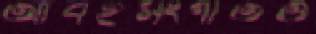
আবহসংগীতও